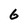
Character: 6